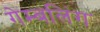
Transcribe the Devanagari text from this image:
गेम्बलिंग